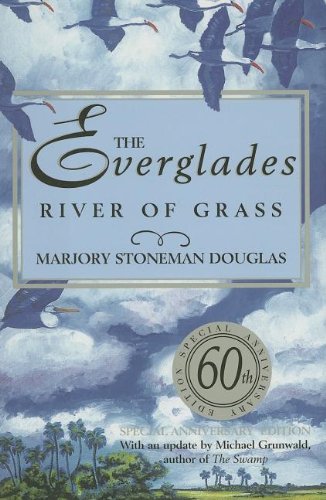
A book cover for The Everglades: River of Grass; Marjory Stoneman Douglas; Sports & Outdoors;